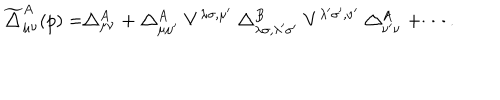
\widetilde { \bigtriangleup } _ { \mu \nu } ^ { A } ( p ) = \bigtriangleup _ { \mu \nu } ^ { A } + \bigtriangleup _ { \mu \mu ^ { \prime } } ^ { A } V ^ { \lambda \sigma , \mu ^ { \prime } } \bigtriangleup _ { \lambda \sigma , \lambda ^ { \prime } \sigma ^ { \prime } } ^ { B } V ^ { \lambda ^ { \prime } \sigma ^ { \prime } , \nu ^ { \prime } } \bigtriangleup _ { \nu ^ { \prime } \nu } ^ { A } + \cdots .